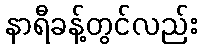
နာရီခန့်တွင်လည်း